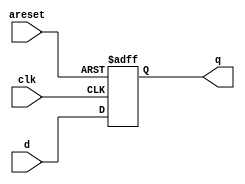
module top_module (
    input clk,
    input areset,   // active high asynchronous reset
    input [7:0] d,
    output [7:0] q
);
    always @(posedge clk, posedge areset) begin
        if(areset) begin
            q <= 8'b0;
        end else begin 
            q <= d;
        end
    end
endmodule